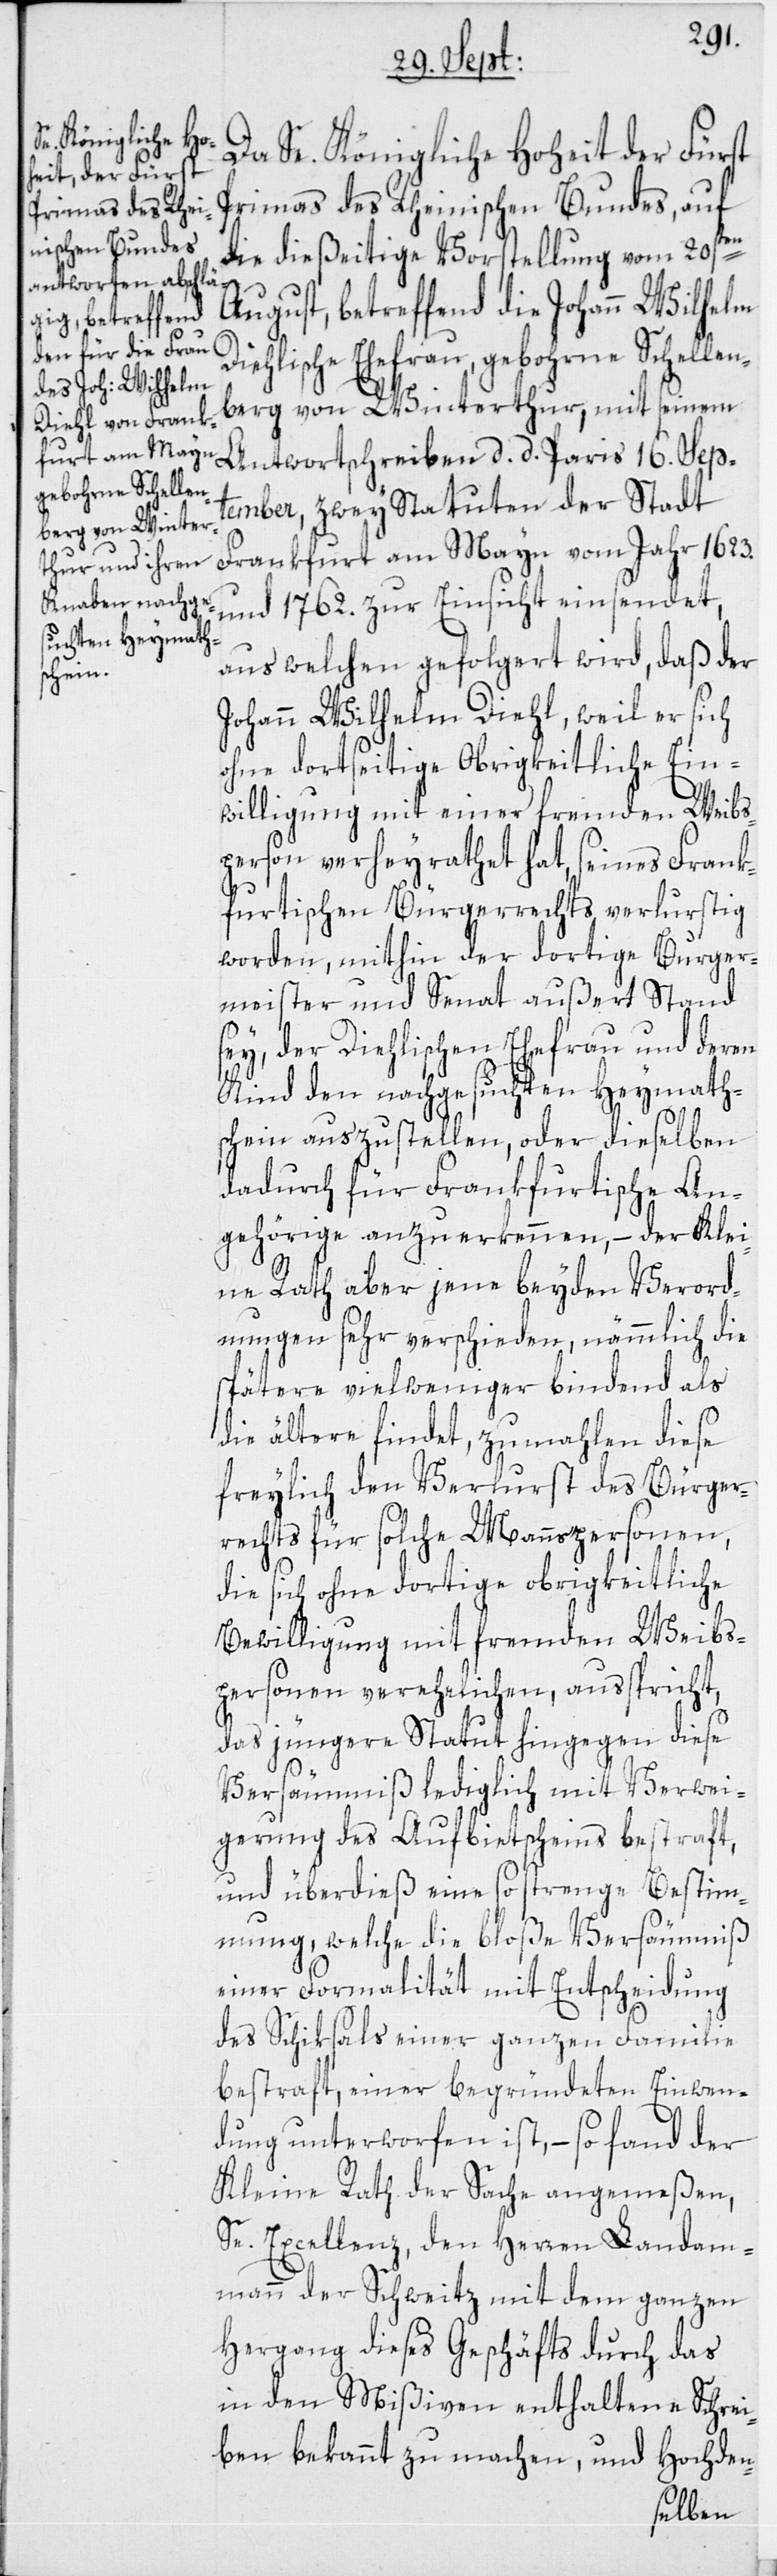
Da Se. Königliche Hoheit der Fürst
Primas des Rheinischen Bundes, auf
die dießeitige Vorstellung vom 20sten
August, betreffend die Johann Wilhelm
Diehlische Ehefrau, gebohrne Schellen¬
berg von Winterthur, mit seinem
Antwortschreiben d. d. Paris 16. Sept¬
ember, zwey Statuten der Stadt
Frankfurt am Mayn vom Jahr 1623.
und 1762. zur Einsicht einsendet,
aus welchen gefolgert wird, daß der
Johann Wilhelm Diehl, weil er sich
ohne dortseitige Obrigkeitliche Ein¬
willigung mit einer fremden Weibs¬
person verheyrathet hat, seines Frank¬
furtischen Bürgerrechts verlurstig
worden, mithin der dortige Burger¬
meister und Senat außert Stand
sey, der Diehlischen Ehefrau und deren
Kind den nachgesuchten Heymath¬
schein auszustellen, oder dieselben
dadurch für Frankfurtische An¬
gehörige anzuerkennen, – der Klei¬
ne Rath aber jene beyden Verord¬
nungen sehr verschieden, nämmlich die
spätere vielweniger bindend als
die ältere findet, zumahlen diese
freylich den Verlurst des Bürger¬
rechts für solche Mannspersonen,
die sich ohne dortige obrigkeitliche
Bewilligung mit fremden Weibs¬
peronen verehelichen, ausspricht,
das jüngere Statut hingegen diese
Versäumniß lediglich mit Verwei¬
gerung des Aufbietscheins bestraft,
und überdieß eine so strenge Bestimm¬
ung, welche die bloße Versäumniß
einer Formalität mit Entscheidung
des Schiksals einer ganzen Familie
bestraft, einer begründeten Einwen¬
dung unterworfen ist, – so fand der
Kleine Rath der Sache angemeßen,
Se. Excellenz, den Herren Landam¬
mann der Schweitz mit dem ganzen
Hergang dieses Geschäfts durch das
in den Mißiven enthaltene Schrei¬
ben bekannt zu machen, und Hochden-